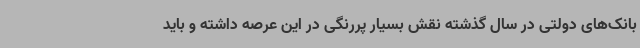
بانک‌های دولتی در سال گذشته نقش بسیار پررنگی در این عرصه داشته و باید